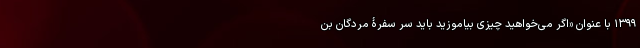
۱۳۹۹ با عنوان «اگر می‌خواهید چیزی بیاموزید باید سر سفرۀ مردگان بن